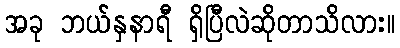
အခု ဘယ်နှနာရီ ရှိပြီလဲဆိုတာသိလား။